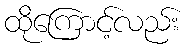
ထိုကြောင့်လည်း